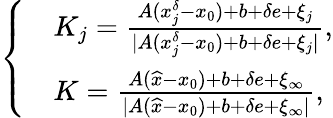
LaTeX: \left\{ \begin{array}{rl}&{K_{j}=\frac{A(x_{j}^{\delta}-x_{0})+b+\delta e+\xi_{j}}{|A(x_{j}^{\delta}-x_{0})+b+\delta e+\xi_{j}|},}\\ &{K=\frac{A(\widehat{x}-x_{0})+b+\delta e+\xi_{\infty}}{|A(\widehat{x}-x_{0})+b+\delta e+\xi_{\infty}|},}\end{array}\right.